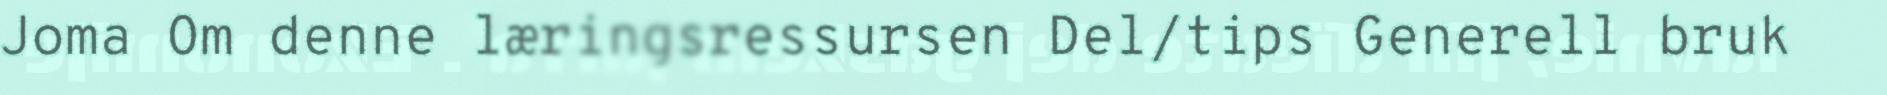
Joma Om denne læringsressursen Del/tips Generell bruk